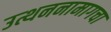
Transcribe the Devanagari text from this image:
उत्थननामागचा